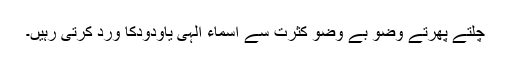
چلتے پھرتے وضو بے وضو کثرت سے اسماء الٰہی یاودودکا ورد کرتی رہیں۔